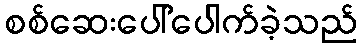
စစ်ဆေးပေါ်ပေါက်ခဲ့သည်